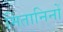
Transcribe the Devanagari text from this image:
मितानिनों